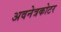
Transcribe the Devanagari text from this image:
अवनेत्रकोटर